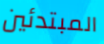
المبتدئين